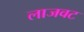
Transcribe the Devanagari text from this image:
लाजवट